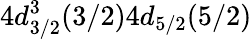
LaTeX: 4d_{3/2}^{3}(3/2)4d_{5/2}(5/2)